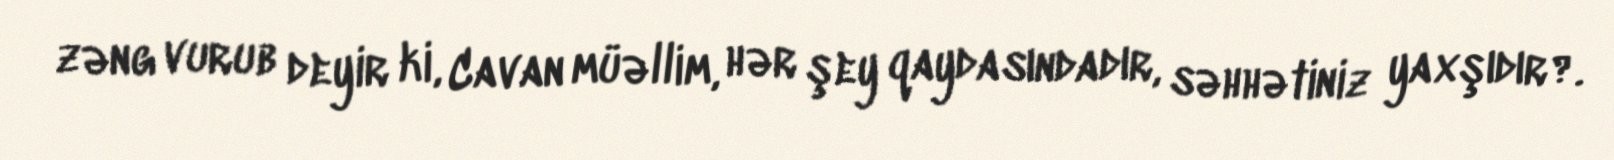
zəng vurub deyir ki, Cavan müəllim, hər şey qaydasındadır, səhhətiniz yaxşıdır?.